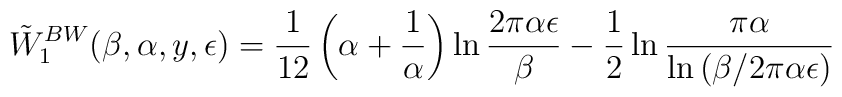
\tilde{W}_1^{BW}(\beta,\alpha,y,\epsilon)=	{1 \over 12}\left(\alpha +{1 \over \alpha}\right)\ln{2\pi\alpha\epsilon \over\beta}-\frac 12\ln{\pi\alpha \over \ln{(\beta/2\pi\alpha\epsilon)}}